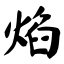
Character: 焰